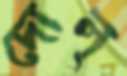
দোল্